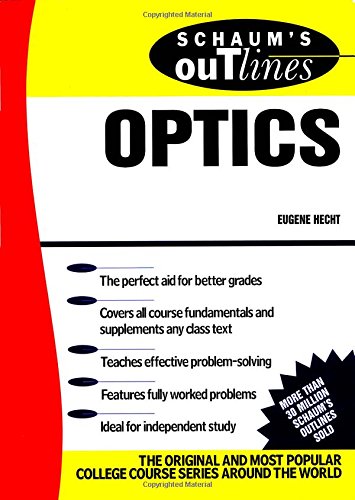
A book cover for Schaum's Outline of Optics; Eugene Hecht; Science & Math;